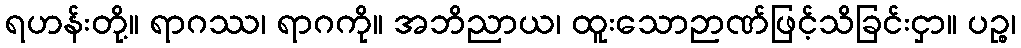
ရဟန်းတို့။ ရာဂဿ၊ ရာဂကို။ အဘိညာယ၊ ထူးသောဉာဏ်ဖြင့်သိခြင်းငှာ။ ပဉ္စ၊